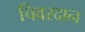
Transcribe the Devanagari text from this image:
चिवरदान